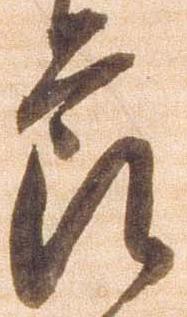
節